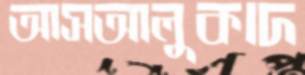
আসআলুকাদ